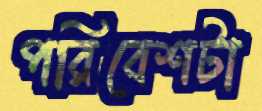
পরিবেশটা